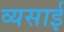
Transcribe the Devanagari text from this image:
व्यसाई